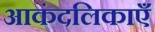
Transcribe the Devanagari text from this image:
आकंदलिकाएँ